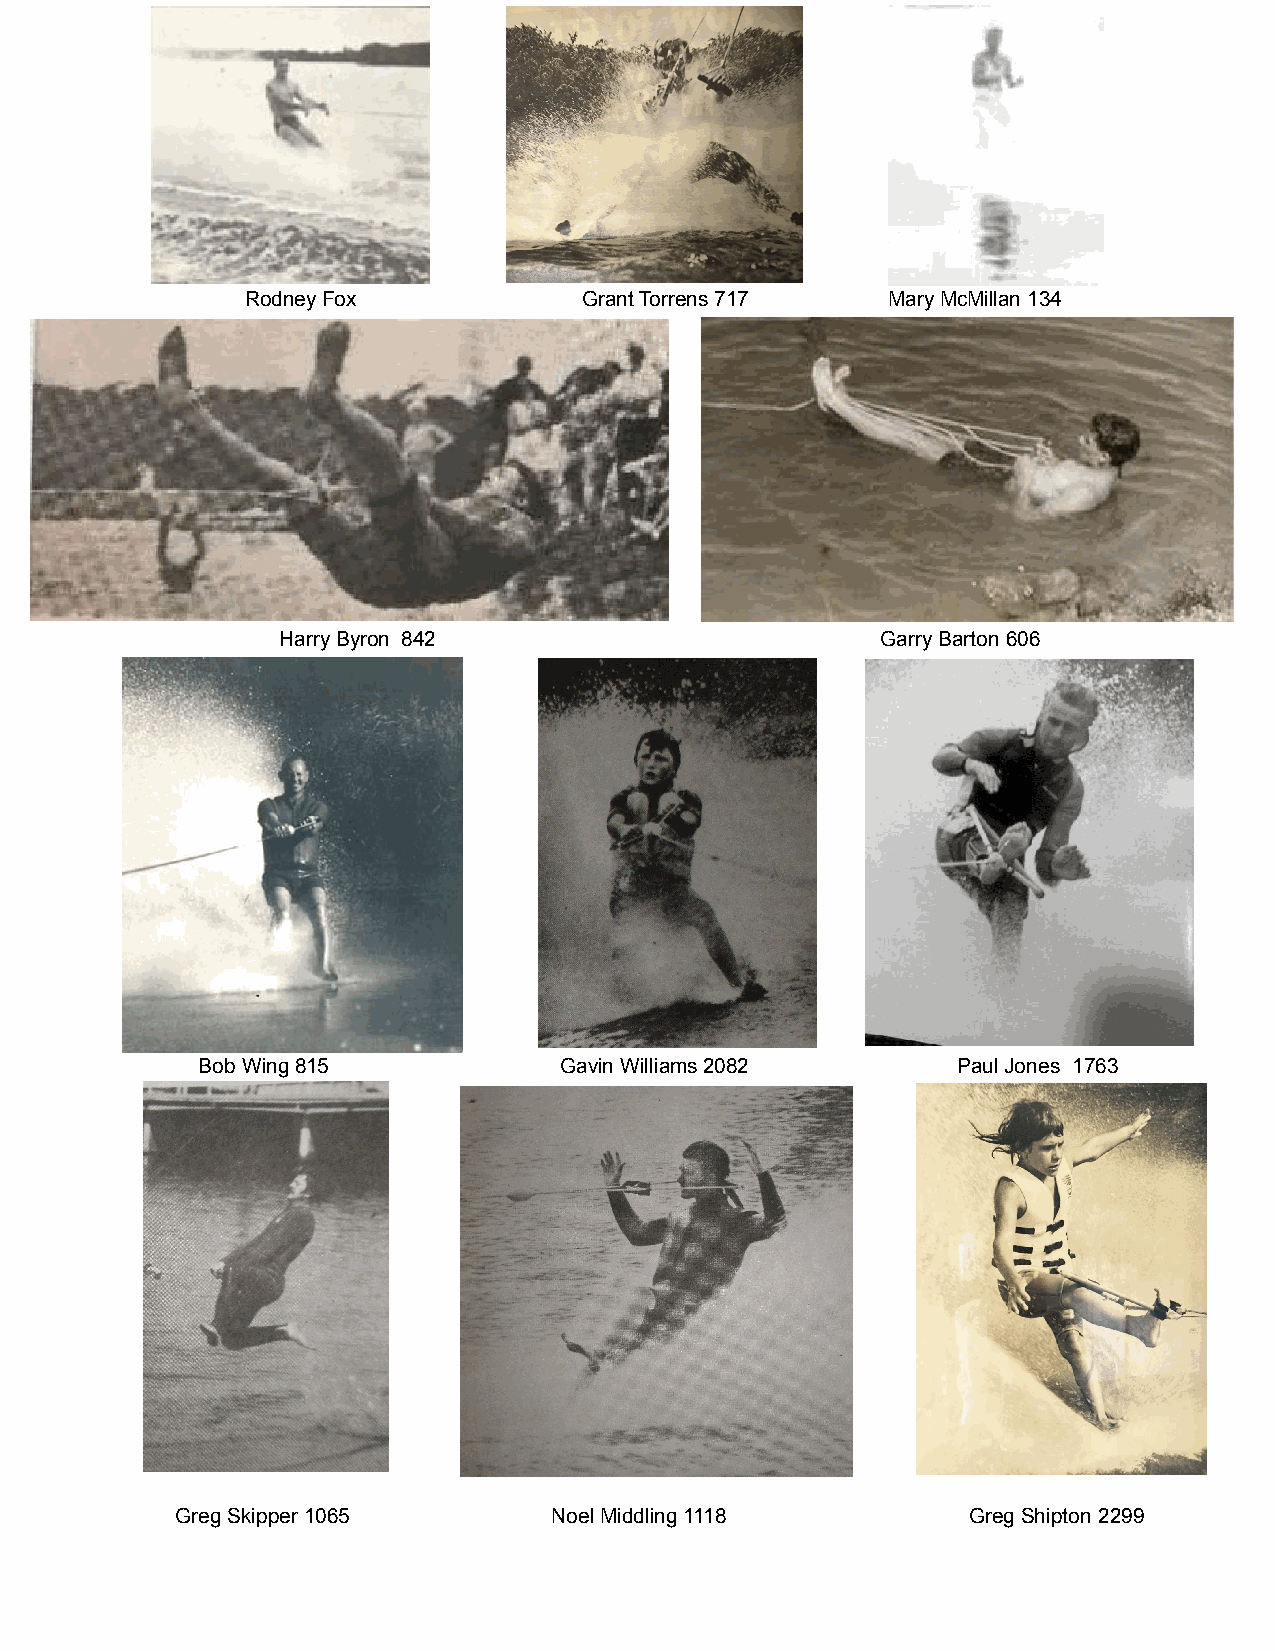
Rodney Fox             Grant Torrens 717   Mary McMillan 134
 Harry Byron 842                        Garry Barton 606
 Bob Wing 815            Gavin Williams 2082       Paul Jones 1763
 Greg Skipper 1065        Noel Middling 1118         Greg Shipton 2299